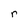
Character: r